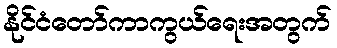
နိုင်ငံတော်ကာကွယ်ရေးအတွက်